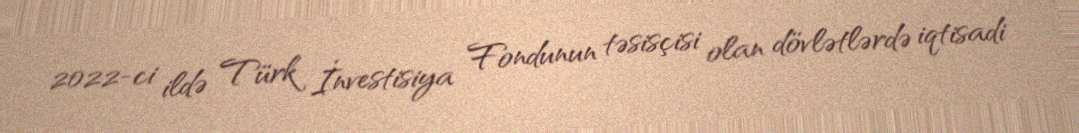
2022-ci ildə Türk İnvestisiya Fondunun təsisçisi olan dövlətlərdə iqtisadi